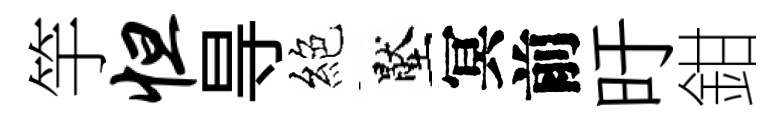
竽怛㝵絕壓冥前旴鉗